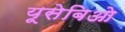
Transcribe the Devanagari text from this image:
यूसेबिओ